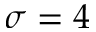
\sigma = 4